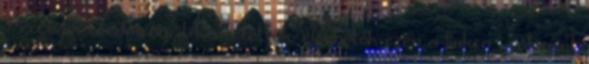
Program eredményeit közzétettük, elérhetők ezen a linken , valamint